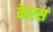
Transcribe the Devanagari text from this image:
केरस